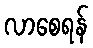
လာစေရန်